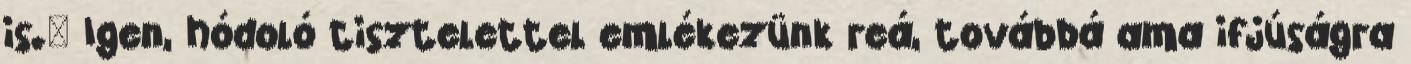
is." Igen, hódoló tisztelettel emlékezünk reá, továbbá ama ifjúságra